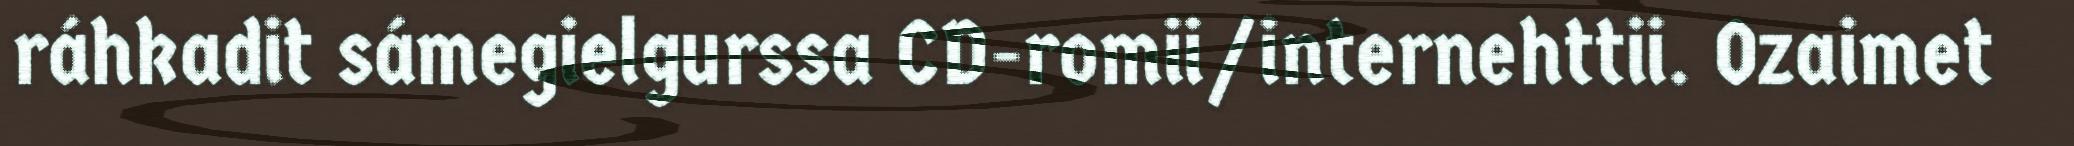
ráhkadit sámegielgurssa CD-romii/internehttii. Ozaimet